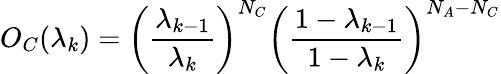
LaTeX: O_{C}(\lambda_{k})=\left(\frac{\lambda_{k-1}}{\lambda_{k}}\right)^{N_{C}}\left(\frac{1-\lambda_{k-1}}{1-\lambda_{k}}\right)^{N_{A}-N_{C}}